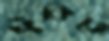
ফুঁকিতে